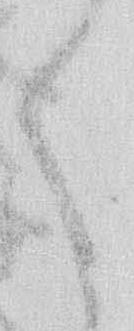
く